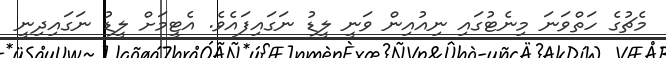
މެޗުގެ ހަތްވަނަ މިނެޓުގައި ނިއުއިން ވަނީ ލީޑު ނަގައިފައެވެ. އެޓީމަށް ލީޑު ނަގައިދިނީ